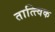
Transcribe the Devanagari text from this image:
तात्त्‍विक